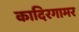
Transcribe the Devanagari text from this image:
कादिरगामर